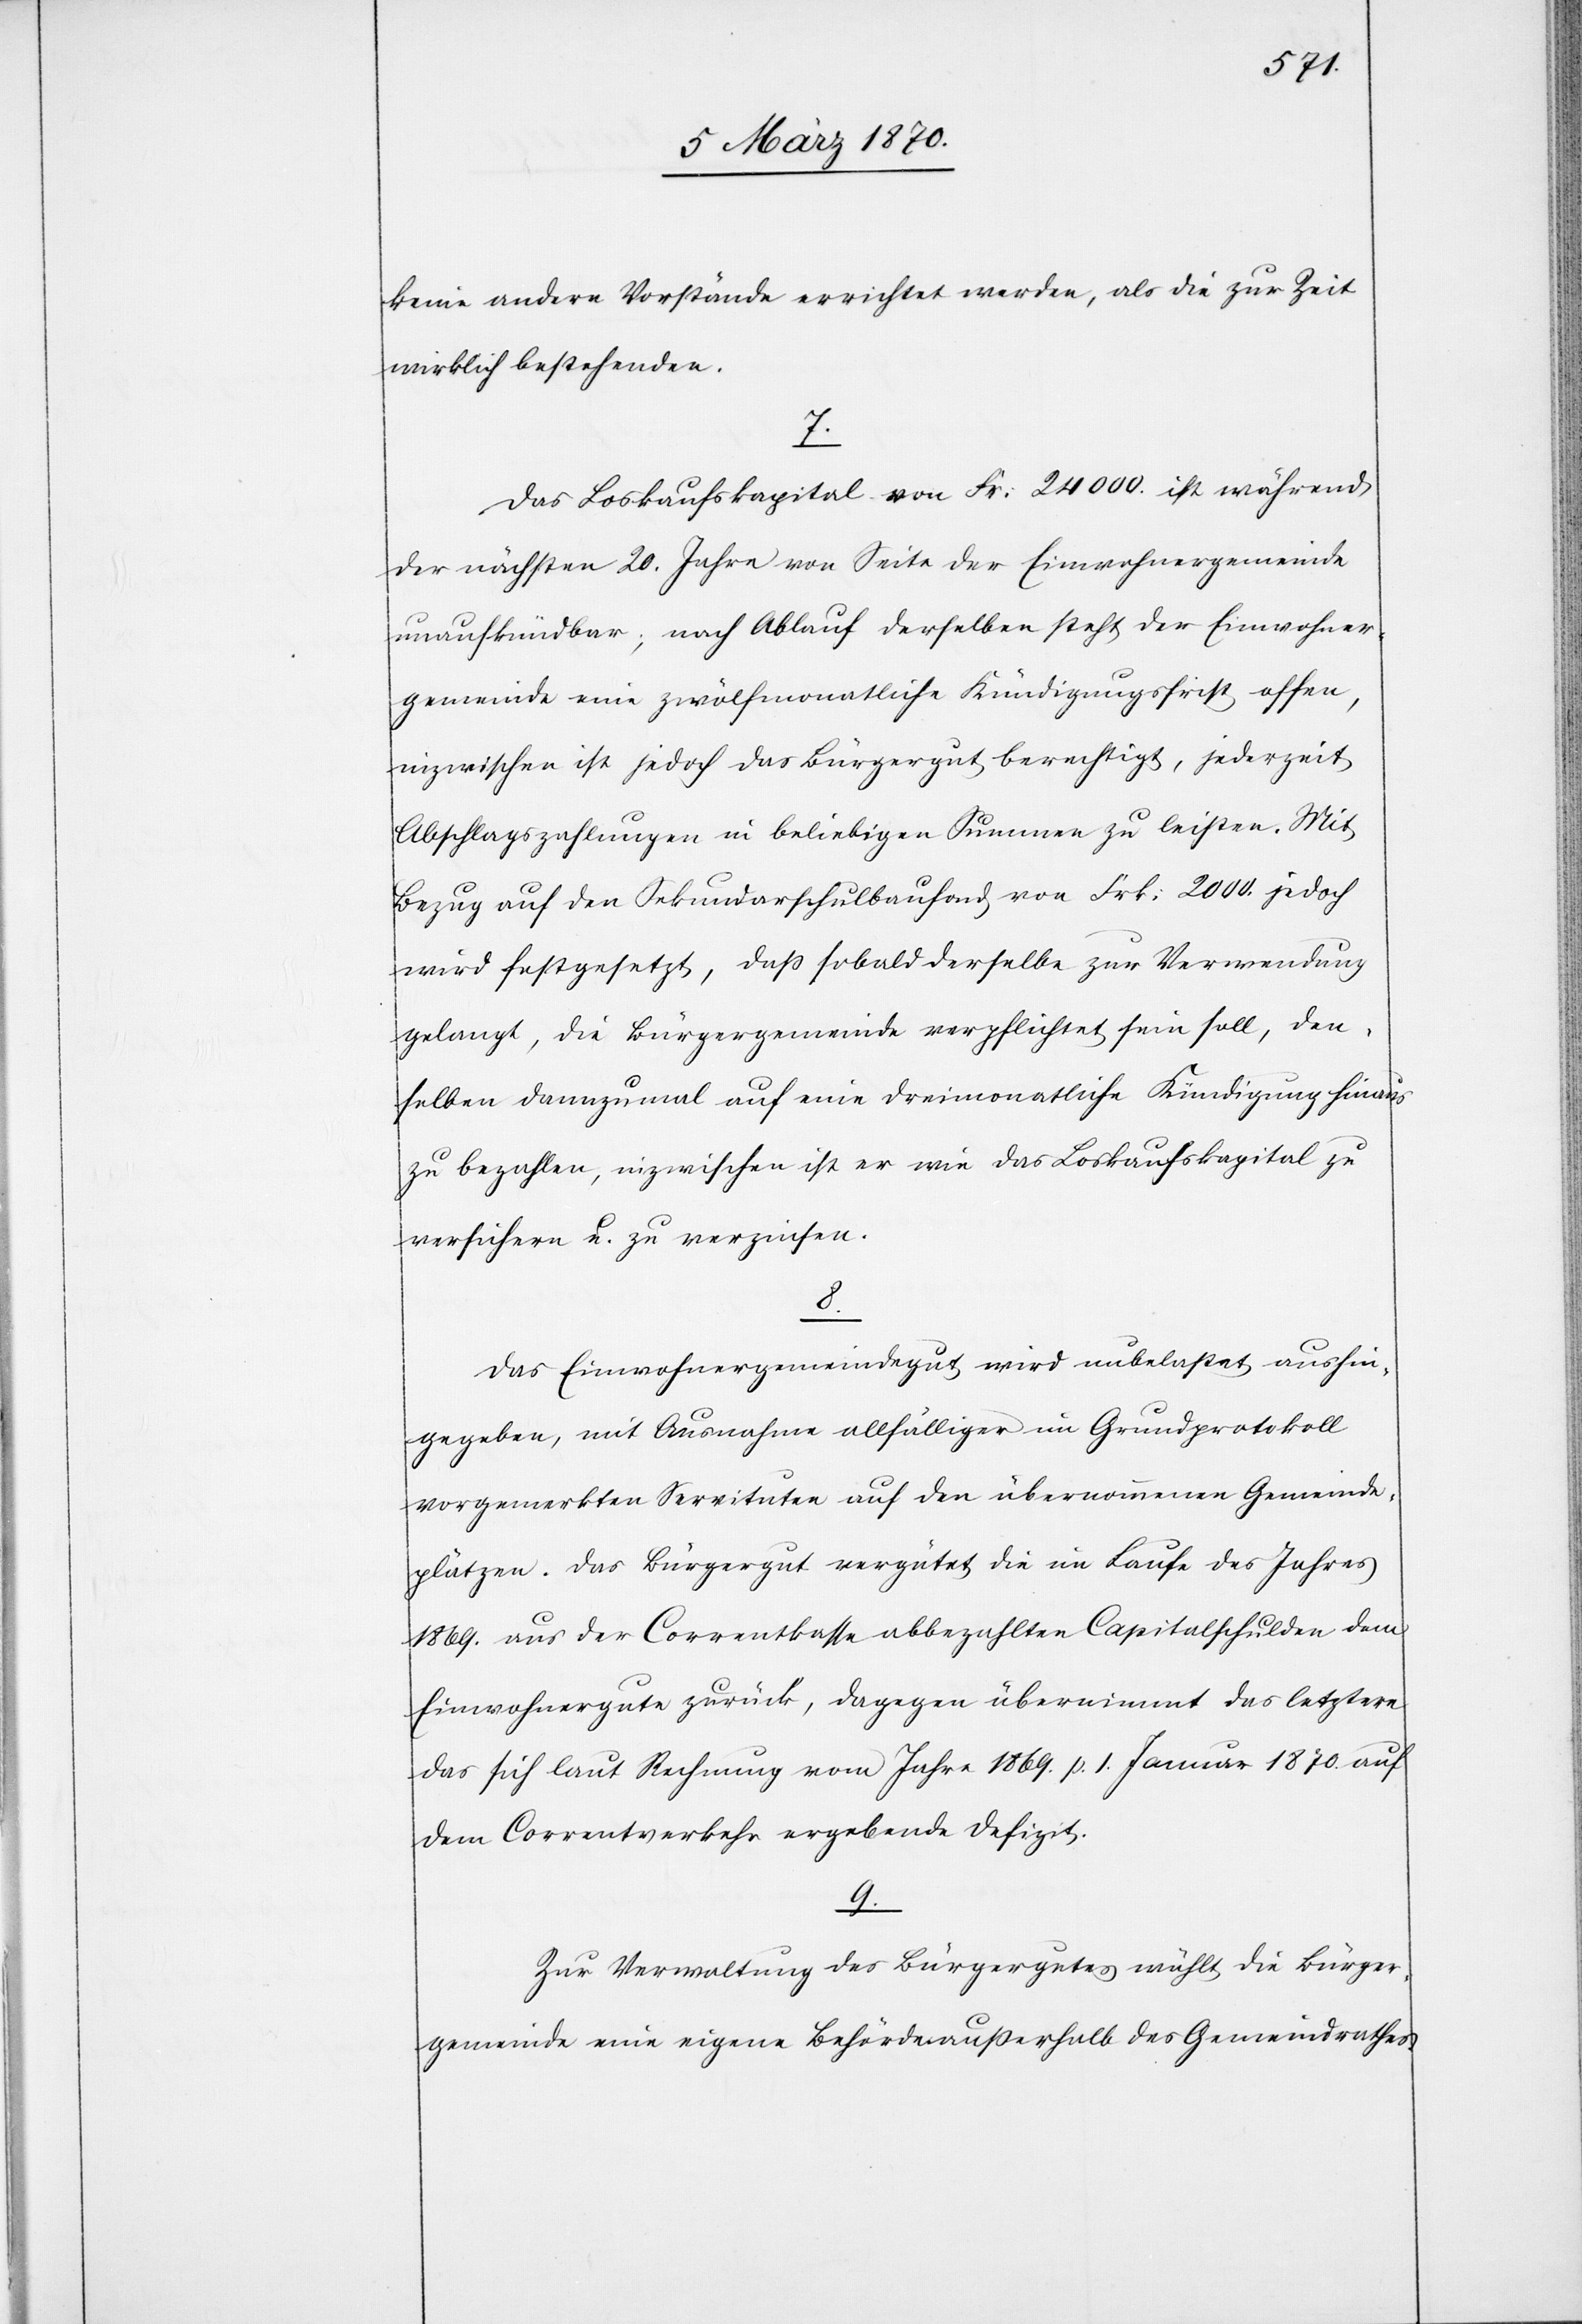
keine andern Vorstände errichtet werden, als die zur Zeit
wirklich bestehenden.
7.
Das Loskaufskapital von Fr: 24 000. ist während
der nächsten 20. Jahre von Seite der Einwohnergemeinde
unaufkündbar; nach Ablauf derselben steht der Einwohner¬
gemeinde eine zwölfmonatliche Kündigungsfrist offen,
inzwischen ist jedoch das Bürgergut berechtigt, jederzeit
Abschlagszahlungen in beliebigen Summen zu leisten. Mit
Bezug auf den Sekundarschulbaufond von Frk: 2000. jedoch
wird festgesetzt, daß sobald derselbe zur Verwendung
gelangt, die Bürgergemeinde verpflichtet sein soll, den¬
selben dannzumal auf eine dreimonatliche Kündigung hinaus
zu bezahlen, inzwischen ist er wie das Loskaufskapital zu
versichern u. zu verzinsen.
8.
Das Einwohnergemeindegut wird unbelastet aushin¬
gegeben, mit Ausnahme allfälliger im Grundprotokoll
vorgemerkten Servituten auf den übernommenen Gemeinde¬
plätzen. Das Bürgergut vergütet die im Laufe des Jahres
1869. aus der Correntkasse abbezahlten Capitalschulden dem
Einwohnergute zurück, dagegen übernimmt das letztere
das sich laut Rechnung vom Jahre 1869. p. 1. Januar 1870. auf
dem Correntverkehr ergebende Defizit.
9.
Zur Verwaltung des Bürgergutes wählt die Bürger¬
gemeinde eine eigene Behörde außerhalb des Gemeindrathes.